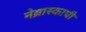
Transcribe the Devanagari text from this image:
नेब्रास्काची